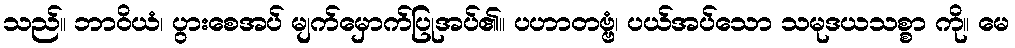
သည်။ ဘာဝိယံ၊ ပွားစေအပ် မျက်မှောက်ပြုအပ်၏။ ပဟာတဗ္ဗံ၊ ပယ်အပ်သော သမုဒယသစ္စာ ကို။ မေ